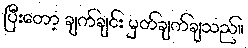
ပြီးတော့ ချက်ချင်း မှတ်ချက်ချသည်။